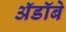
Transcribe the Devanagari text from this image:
ॲडॉबे